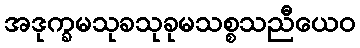
အဒုက္ခမသုခသုခုမသစ္စသညီယေဝ